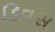
ડિવસ